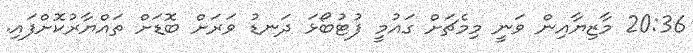
20:36 މާޒިޔާއިން ވަނީ މިމެޗަށް ގައުމީ ފުޓުބޯޅަ ދަނޑު ވަރަށް ބޮޑަށް ތައްޔާރުކޮށްފައި.